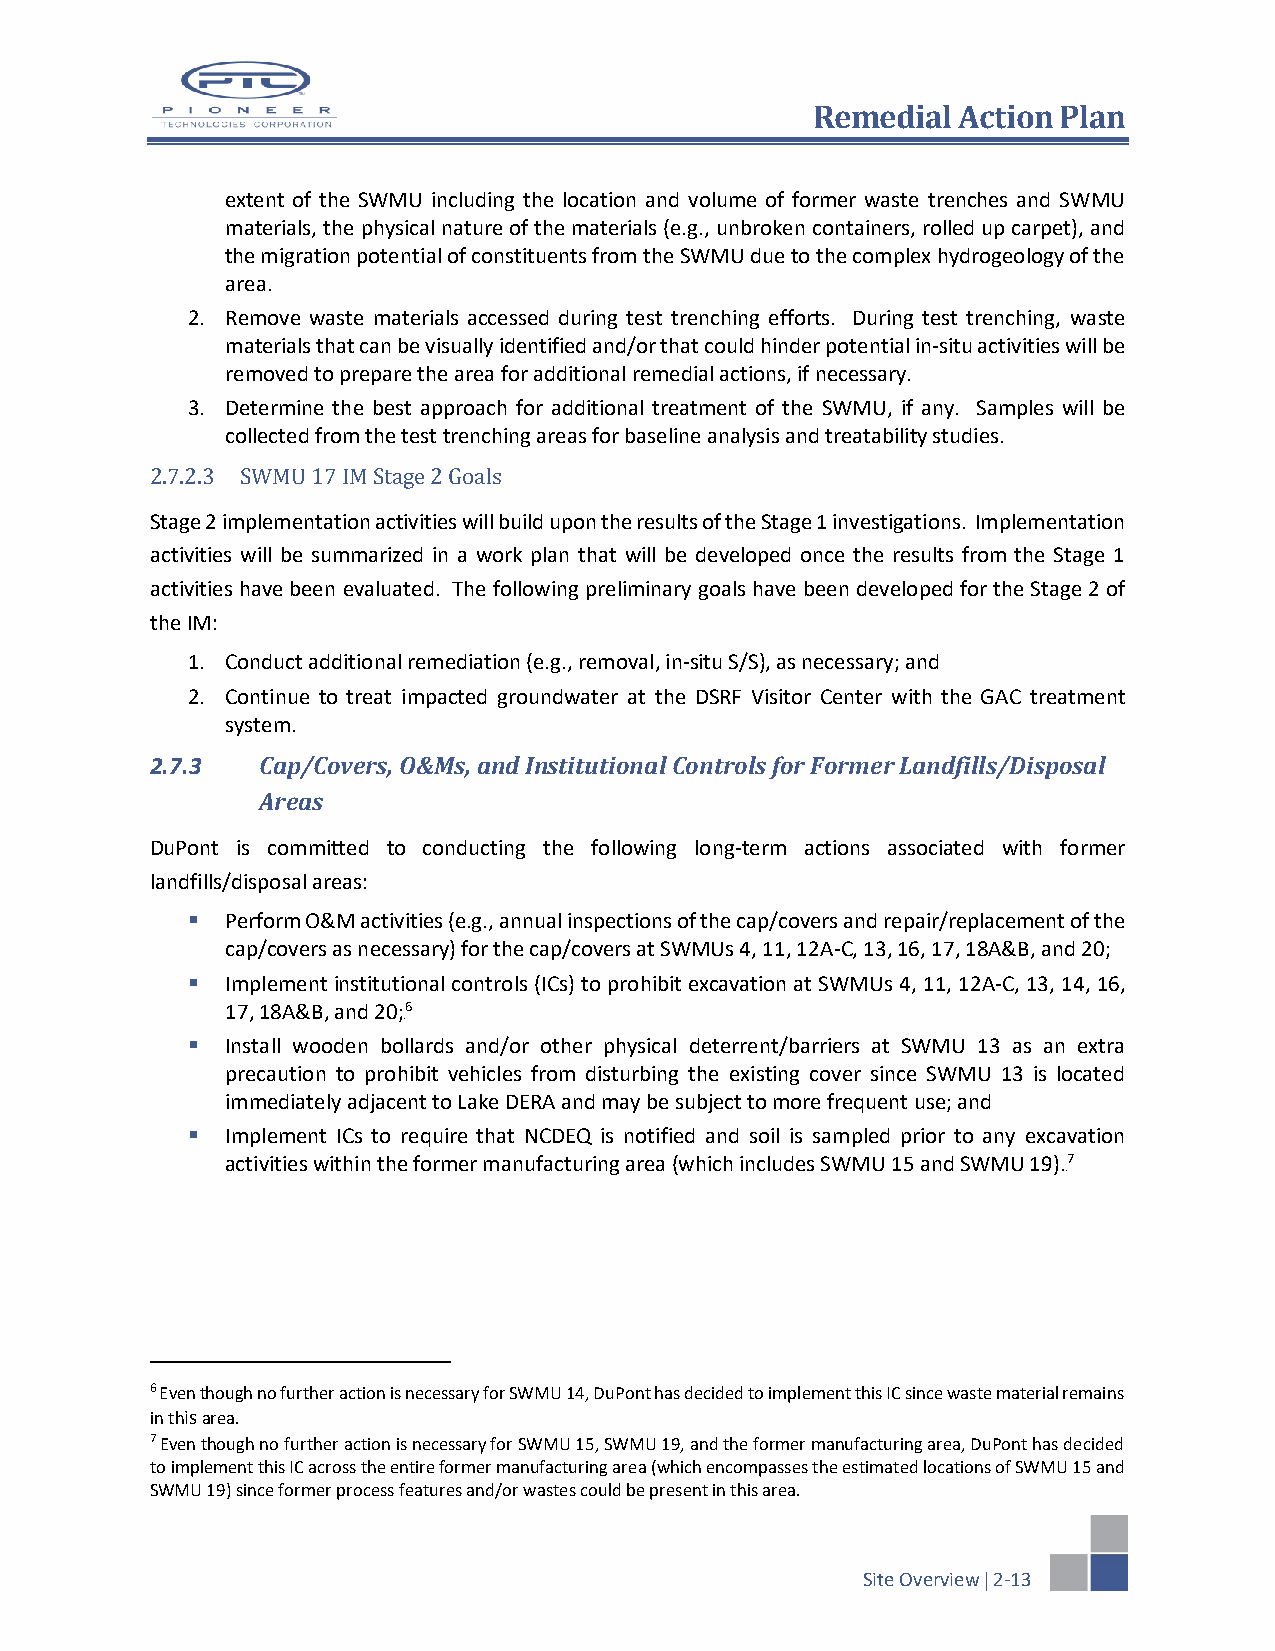
Remedial Action Plan
 extent of the SWMU including the location and volume of former waste trenches and SWMU
 materials, the physical nature of the materials (e.g., unbroken containers, rolled up carpet), and
 the migration potential of constituents from the SWMU due to the complex hydrogeology of the
 area.
 2. Remove waste materials accessed during test trenching efforts. During test trenching, waste
 materials that can be visually identified and/or that could hinder potential in-situ activities will be
 removed to prepare the area for additional remedial actions, if necessary.
 3. Determine the best approach for additional treatment of the SWMU, if any. Samples will be
 collected from the test trenching areas for baseline analysis and treatability studies.
 2.7.2.3 SWMU 17 IM Stage 2 Goals
 Stage 2 implementation activities will build upon the results of the Stage 1 investigations. Implementation
 activities will be summarized in a work plan that will be developed once the results from the Stage 1
 activities have been evaluated. The following preliminary goals have been developed for the Stage 2 of
 the IM:
 1. Conduct additional remediation (e.g., removal, in-situ S/S), as necessary; and
 2. Continue to treat impacted groundwater at the DSRF Visitor Center with the GAC treatment
 system.
 2.7.3  Cap/Covers, O&Ms, and Institutional Controls for Former Landfills/Disposal
 Areas
 DuPont is committed to conducting the following long-term actions associated with former
 landfills/disposal areas:
   Perform O&M activities (e.g., annual inspections of the cap/covers and repair/replacement of the
 cap/covers as necessary) for the cap/covers at SWMUs 4, 11, 12A-C, 13, 16, 17, 18A&B, and 20;
   Implement institutional controls (ICs) to prohibit excavation at SWMUs 4, 11, 12A-C, 13, 14, 16,
 17, 18A&B, and 20;6
 5F
   Install wooden bollards and/or other physical deterrent/barriers at SWMU 13 as an extra
 precaution to prohibit vehicles from disturbing the existing cover since SWMU 13 is located
 immediately adjacent to Lake DERA and may be subject to more frequent use; and
   Implement ICs to require that NCDEQ is notified and soil is sampled prior to any excavation
 activities within the former manufacturing area (which includes SWMU 15 and SWMU 19).7
 6F
 6 Even though no further action is necessary for SWMU 14, DuPont has decided to implement this IC since waste material remains
 in this area.
 7 Even though no further action is necessary for SWMU 15, SWMU 19, and the former manufacturing area, DuPont has decided
 to implement this IC across the entire former manufacturing area (which encompasses the estimated locations of SWMU 15 and
 SWMU 19) since former process features and/or wastes could be present in this area.
 Site Overview  2-13